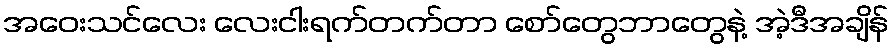
အဝေးသင်လေး လေးငါးရက်တက်တာ စော်တွေဘာတွေနဲ့ အဲ့ဒီအချိန်